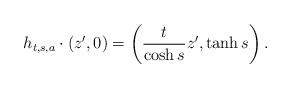
LaTeX: \begin{align*} h_{t,s,a} \cdot (z',0) = \left(\frac{t}{\cosh s}z', \tanh s\right).\end{align*}